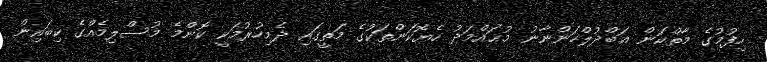
ހިފުމުގެ މާތްކަން ޢަބްދުލްހަންނާނު މުޙައްމަދު ހެޔޮކަންތަކުގެ މަތީގައި ދެމިހުރުމަކީ ކޮންމެ މުސްލިމެއްގެ ކިބައިން